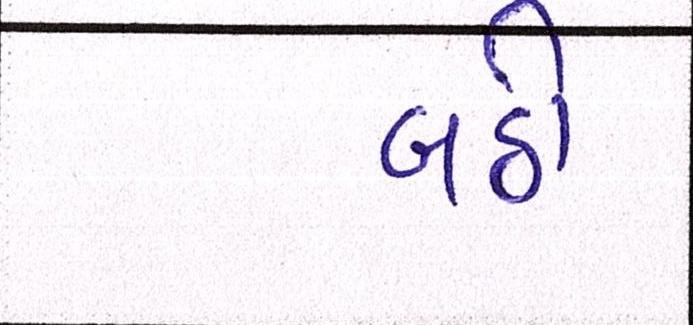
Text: બડી